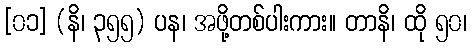
[၀၁] (နိ၊ ၃၅၅) ပန၊ အဖို့တစ်ပါးကား။ တာနိ၊ ထို ၅၀၊